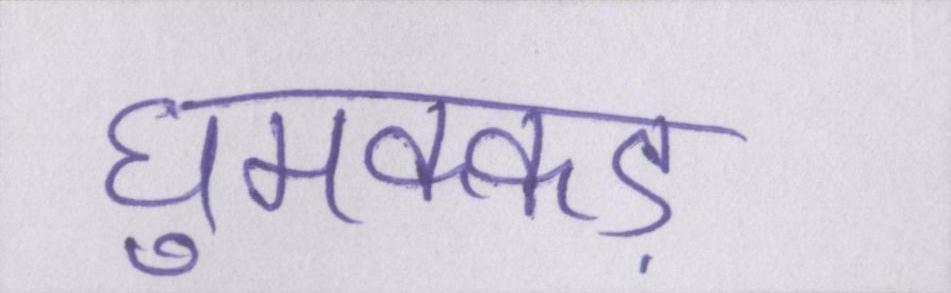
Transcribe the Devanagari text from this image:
घुमक्कड़